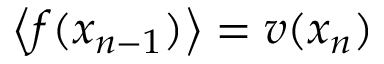
\left\langle f ( x _ { n - 1 } ) \right\rangle = v ( x _ { n } )